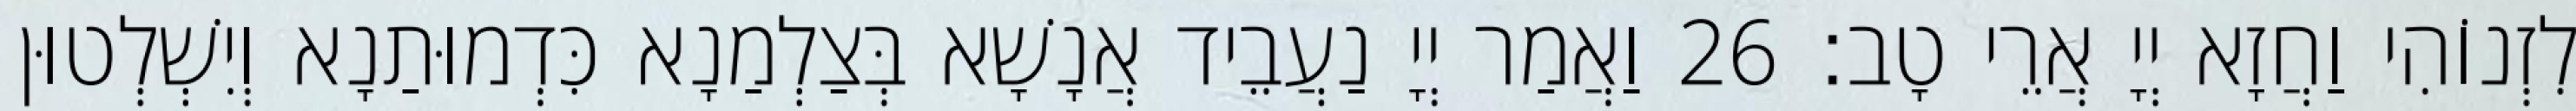
לִזְנוֹהִי וַחֲזָא יְיָ אֲרֵי טָב׃ 26 וַאֲמַר יְיָ נַעֲבֵיד אֲנָשָׁא בְּצַלְמַנָא כִּדְמוּתַנָא וְיִשְׁלְטוּן